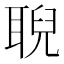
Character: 聣